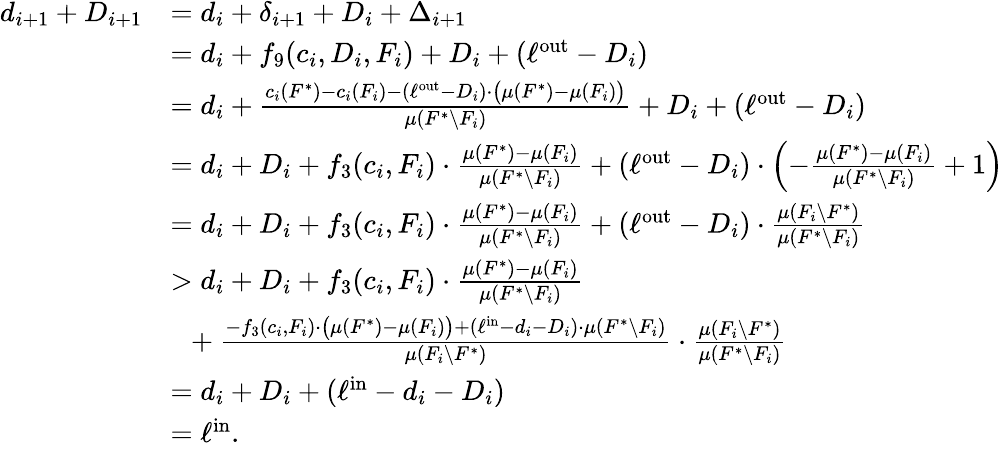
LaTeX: \begin{array}{rl}{d_{i+1}+D_{i+1}}&{=d_{i}+\delta_{i+1}+D_{i}+\Delta_{i+1}}\\ {}&{=d_{i}+f_{9}(c_{i},D_{i},F_{i})+D_{i}+(\ell^{\mathrm{out}}-D_{i})}\\ {}&{=d_{i}+\frac{c_{i}(F^{*})-c_{i}(F_{i})-(\ell^{\mathrm{out}}-D_{i})\cdot\big(\mu(F^{*})-\mu(F_{i})\big)}{\mu(F^{*}\setminus F_{i})}+D_{i}+(\ell^{\mathrm{out}}-D_{i})}\\ {}&{=d_{i}+D_{i}+f_{3}(c_{i},F_{i})\cdot\frac{\mu(F^{*})-\mu(F_{i})}{\mu(F^{*}\setminus F_{i})}+(\ell^{\mathrm{out}}-D_{i})\cdot\left(-\frac{\mu(F^{*})-\mu(F_{i})}{\mu(F^{*}\setminus F_{i})}+1\right)}\\ {}&{=d_{i}+D_{i}+f_{3}(c_{i},F_{i})\cdot\frac{\mu(F^{*})-\mu(F_{i})}{\mu(F^{*}\setminus F_{i})}+(\ell^{\mathrm{out}}-D_{i})\cdot\frac{\mu(F_{i}\setminus F^{*})}{\mu(F^{*}\setminus F_{i})}}\\ {}&{>d_{i}+D_{i}+f_{3}(c_{i},F_{i})\cdot\frac{\mu(F^{*})-\mu(F_{i})}{\mu(F^{*}\setminus F_{i})}}\\ {}&{~~+\frac{-f_{3}(c_{i},F_{i})\cdot\big(\mu(F^{*})-\mu(F_{i})\big)+(\ell^{\mathrm{in}}-d_{i}-D_{i})\cdot\mu(F^{*}\setminus F_{i})}{\mu(F_{i}\setminus F^{*})}\cdot\frac{\mu(F_{i}\setminus F^{*})}{\mu(F^{*}\setminus F_{i})}}\\ {}&{=d_{i}+D_{i}+(\ell^{\mathrm{in}}-d_{i}-D_{i})}\\ {}&{=\ell^{\mathrm{in}}.}\end{array}